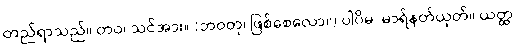
တည်ရာသည်။ တဝ၊ သင်အား။ (ဘဝတု၊ ဖြစ်စေလော။) ပါပိမ၊ မာရ်နတ်ယုတ်။ ယတ္ထ